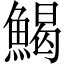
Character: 𩹄